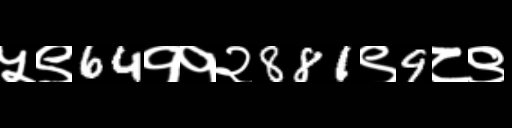
Text: ५९64११२881९9८९